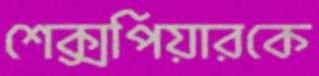
শেক্সপিয়ারকে